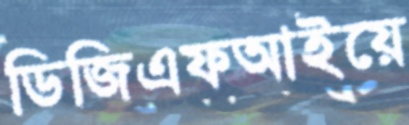
ডিজিএফআইয়ে